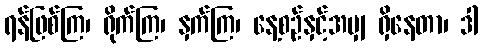
ရန်ဖြစ်ကြ၊ ရိုက်ကြ၊ နှက်ကြ၊ နေ့စဉ်နှင့်အမျှ ရှိနေတာ၊ ဒါ